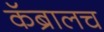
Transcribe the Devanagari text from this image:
कॅब्रालच